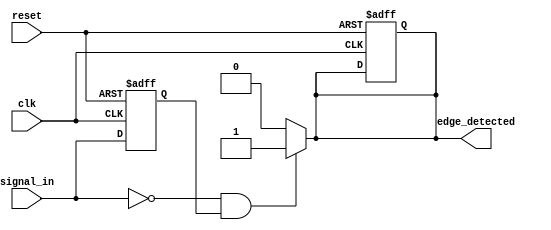
module negative_edge_detector (
    input wire clk,             // Clock input
    input wire reset,           // Asynchronous reset input
    input wire signal_in,       // Input signal to detect edges on
    output reg edge_detected     // Output signal indicating a negative edge
);

    reg signal_in_prev;         // Register to store previous state of signal_in

    // Sequential logic for flip-flop operation
    always @(posedge clk or posedge reset) begin
        if (reset) begin
            signal_in_prev <= 1'b0; // Initialize to low on reset
            edge_detected <= 1'b0;   // Initialize edge_detected to low
        end else begin
            signal_in_prev <= signal_in; // Capture the current signal_in
        end
    end

    // Combinational logic to detect negative edge
    always @(*) begin
        if (~signal_in && signal_in_prev) begin
            edge_detected = 1'b1; // Negative edge detected
        end else begin
            edge_detected = 1'b0; // No negative edge detected
        end
    end

endmodule